Serum-therapy of plague in India - Number 20
Disease focus: Plague
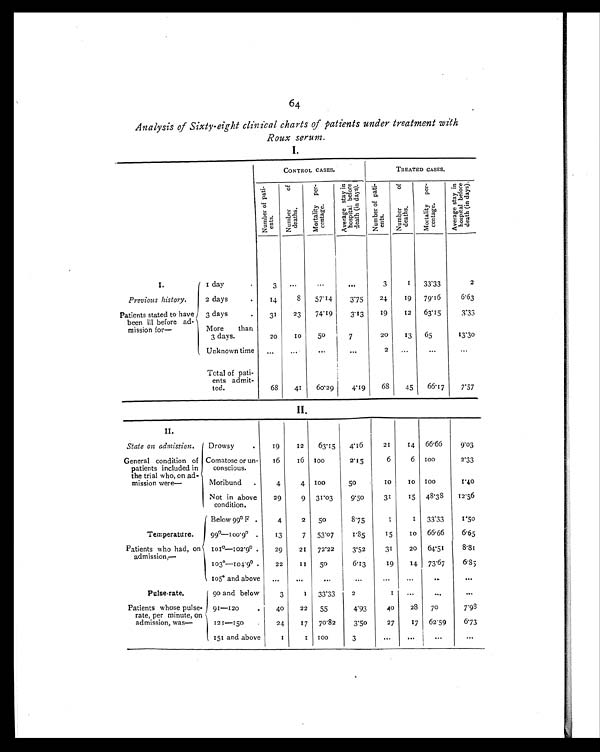
64
Analysis of Sixty-eight clinical charts of patients under treatment with
Roux serum.
I.
CONTROL CASES.
TREATED CASES.
Nu mb e r o f p a t i -
ents.
N u m b e r o f
d e a t h s .
M o r t a l i t y p e r -
c e n t a g e .
A v e r a g e s t a y i n
h o s p i t a l b e f o r ed
e a t h ( i n d a y s ) .
Nu mb e r o f p a t i -
ents.
Numbe r of
deaths.
M o r t a l i t y p e r -
c e n t a g e .
Average stay in
hospital before
death (in days).
I.
1 day
.
3
. . .
. . .
. . .
3
1
33.33
2
Previous history.
2 days
.
14
8
57.14
3.75
24
19
79.16
6.63
Patients stated to have
been ill before ad-
mission for—
3 days
.
31
23
74.19
3.13
19
12
63.15
3.33
More than
3 days.
20
10
50
7
20
13
65
13.30
Unknown time
...
. . .
. . .
. . .
2
...
. . .
. . .
Total of pati-
ents admit-
ted.
68
41
60.29
4.19
68
45
66.17
7.57
II.
II.
State on admission.
Drowsy
19
12
63.15
4.16
21
14
66.66
9.03
General condition of
patients included in
the trial who, on ad-
mission were—
Comatose or un-
conscious.
16
16
100
2.15
6
6
100
2.33
Moribund
.
4
4
100
50
10
1 0
100
1.40
Not in above
condition.
29
9
31.03
9.50
31
15
48.38
12.56
Below 99° F .
4
2
50
8.75
3
1
33.33
1.50
Temperature.
99°—100.9° .
13
7
53.07
1.85
15
1 0 66.66
6.65
Patients who had, on
admission,—
101°—102.9°29
21
72.22
3.52
31
20
64.51
8.81
103°—104.9°22
11
50
6.13
19
14
73.67
6.85
105° and above
...
...
...
. . . ...
...
. . .
. . .
Pulse-rate.
90 and below
3
1
33.33
2
1
. . .
. . .
. . .
Patients whose pulse-
rate, per minute, on
admission, was—
91—120
40
22
55
4.93
40
28
70
7.98
121—150
24
17
70.82
3.50
27
17
62.59
6.73
151 and above
1
1 100
3
...
. . .
. . .
. . .